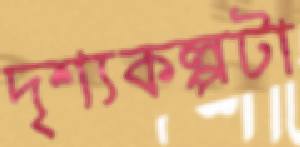
দৃশ্যকল্পটা